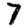
Digit: 7